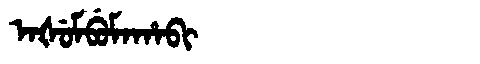
Manchu: ᠠᡧᡠᠮᠪᡠᠮᠠᡥᠠᠪᡳ
Romanization: AŠUMBUMAHABI